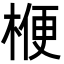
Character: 楩